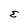
Character: E